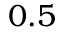
0 . 5